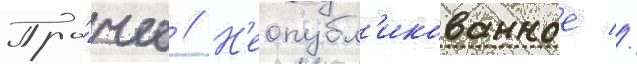
Про́чее // Н'еопубл'икованное //